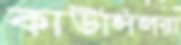
কাউন্সিলরা